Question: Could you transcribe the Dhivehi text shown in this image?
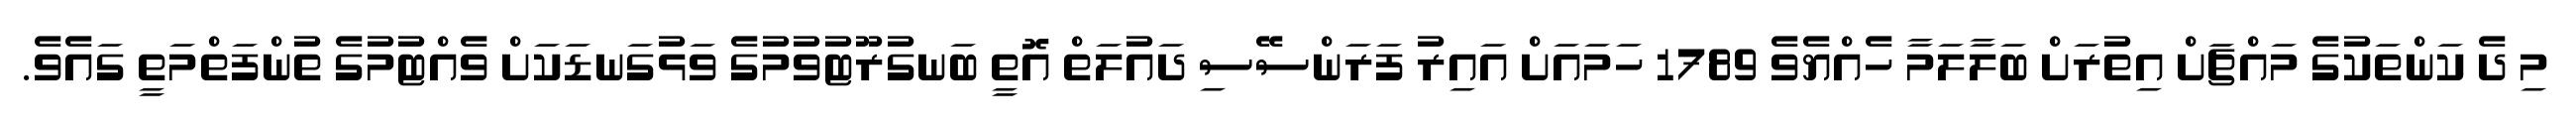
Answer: މި ދެ ކަންތަކުގެ މައްޗަށް އިތުރަށް ބަލާލަމާ ހެއްޔެވެ 1789 ހަމައަށް އައިރު ފަރަންސޭސި ދައުލަތް އޮތީ ބަނގުރޫޓުވުމުގެ ވަޅުގަނޑަކަށް ވެއްޓުމުގެ ތުންފަތްމަތީ ގައެވެ.